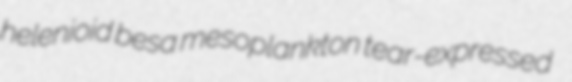
helenioid besa mesoplankton tear-expressed